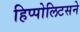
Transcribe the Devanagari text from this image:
हिप्पोलिटसने